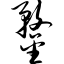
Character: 鍪